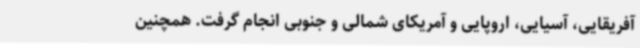
آفریقایی، آسیایی، اروپایی و آمریکای شمالی و جنوبی انجام گرفت. همچنین